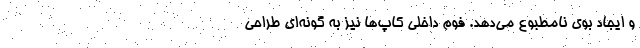
و ایجاد بوی نامطبوع می‌دهد. فوم داخلی کاپ‌ها نیز به گونه‌ای طراحی